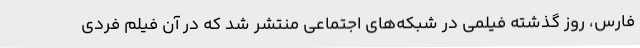
فارس، روز گذشته فیلمی در شبکه‌های اجتماعی منتشر شد که در آن فیلم فردی